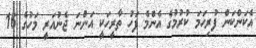
އެކަންކަން ފުރިހަމަ ކުރުމުގެ އެންމެ ފަހު ތާރީހަކީ އަންނަ ޖެނުއަރީ މަހުގެ 16